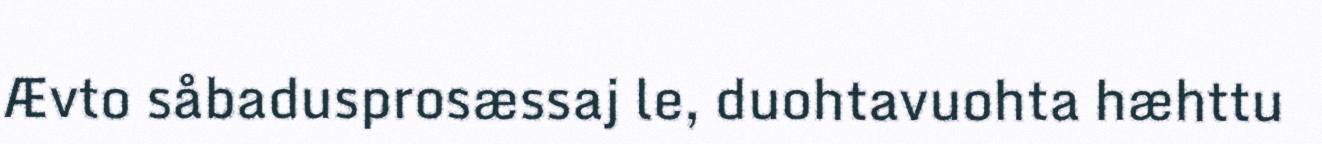
Ævto såbadusprosæssaj le, duohtavuohta hæhttu